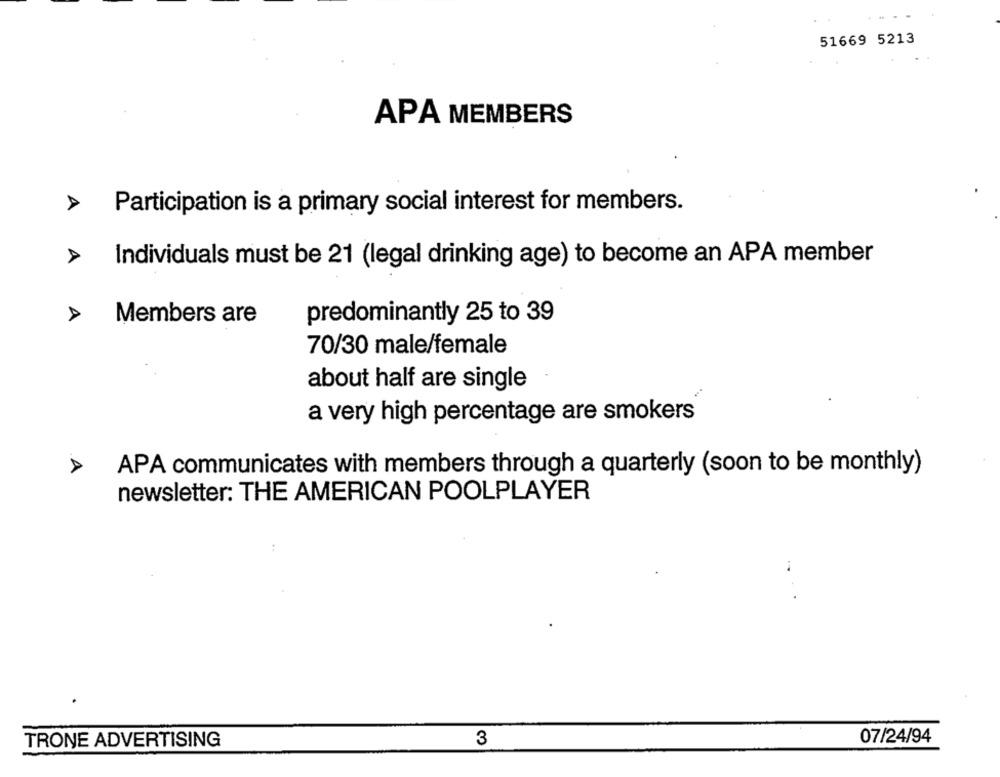
51669 5213
APA MEMBERS
Participation is a primary social interest for members.
Individuals must be 21 (legal drinking age) to become an APA member
predominantly 25 to 39
Members are
70/30 male/female
about half are single
a very high percentage are smokers
APA communicates with members through a quarterly (soon to be monthly)
newsletter: THE AMERICAN POOLPLAYER
07/24/94
TRONE ADVERTISING
3